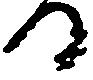
る